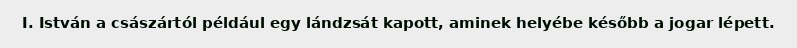
I. István a császártól például egy lándzsát kapott, aminek helyébe később a jogar lépett.